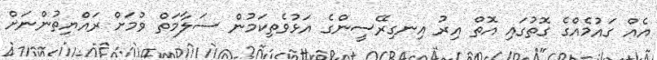
އެއް ގައުމެއްގެ ގޮތުގައި އޮތް އިރު އިނގިރޭސީންގެ އަޅުވެތިކަމުން ސަލާމަތް ވުމަށް ރައްޔިތުންނަށް